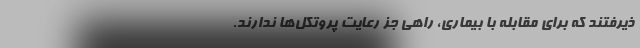
ذیرفتند که برای مقابله با بیماری، راهی جز رعایت پروتکل‌ها ندارند.